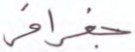
جغرافي